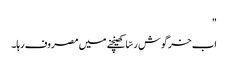
"
اب خرگوش رسّا کھینچنے میں مصروف رہا۔